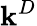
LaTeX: \mathbf{k}^{D}